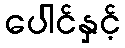
ပေါင်နှင့်